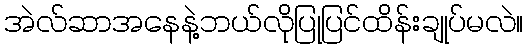
အဲလ်ဆာအနေနဲ့ဘယ်လိုပြုပြင်ထိန်းချုပ်မလဲ။